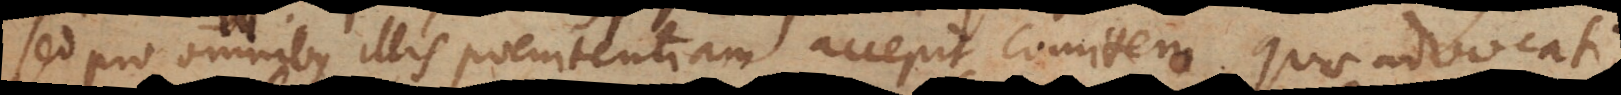
sed pro omnibus illis poenitentiam accepit comitem, quae advocati